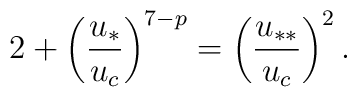
2 +\left(\frac{u_*}{u_c}\right)^{7-p} =\left(\frac{u_{**}}{u_c}\right)^2.